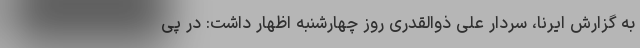
به گزارش ایرنا، سردار علی ذوالقدری روز چهارشنبه اظهار داشت: در پی